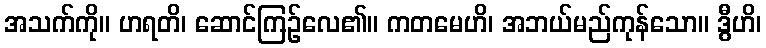
အသက်ကို။ ဟရတိ၊ ဆောင်ကြဉ်လေ၏။ ကတမေဟိ၊ အဘယ်မည်ကုန်သော။ ဒွီဟိ၊